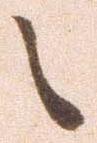
之